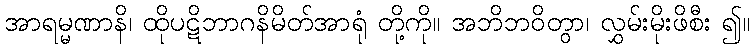
အာရမ္မဏာနိ၊ ထိုပဋိဘာဂနိမိတ်အာရုံ တို့ကို။ အဘိဘဝိတွာ၊ လွှမ်းမိုးဖိစီး ၍။